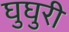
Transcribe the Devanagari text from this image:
घुघुरी